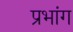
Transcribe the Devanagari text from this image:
प्रभांग